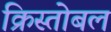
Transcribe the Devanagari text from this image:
क्रिस्तोबल